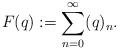
LaTeX: \begin{align*}F(q):=\sum_{n=0}^\infty (q)_n.\end{align*}